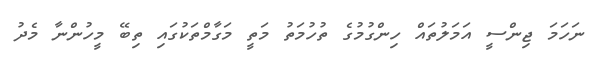
ނަހަމަ ޖިންސީ އަމަލުތައް ހިންގުމުގެ ތުހުމަތު މަތީ މަގާމްތަކުގައި ތިބޭ މީހުންނާ މެދު